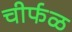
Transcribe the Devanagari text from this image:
चीर्फळ